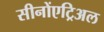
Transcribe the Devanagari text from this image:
सीनोंएट्रिअल